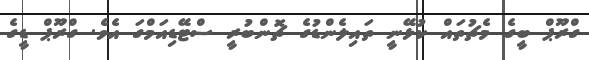
ގްރޫޕް ބީގެ މެޗުތައް ކުޅޭނީ ތައިލެންޑުގެ ޗޮންބުރީ ސްޓޭޑިއަމްގަ އެވެ. ގްރޫޕް ޑީގެ